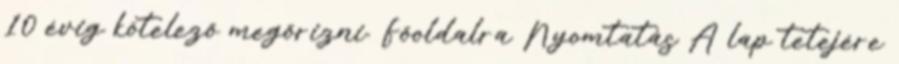
10 évig kötelező megőrizni. Főoldalra Nyomtatás A lap tetejére